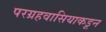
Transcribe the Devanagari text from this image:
परग्रहवासियाकडून